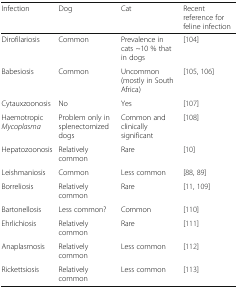
<table><thead><tr><td><b>Infection</b></td><td><b>Dog</b></td><td><b>Cat</b></td><td><b>Recent reference for feline infection</b></td></tr></thead><tbody><tr><td>Dirofilariosis</td><td>Common</td><td>Prevalence in cats ~10 % that in dogs</td><td>[104]</td></tr><tr><td>Babesiosis</td><td>Common</td><td>Uncommon (mostly in South Africa)</td><td>[105, 106]</td></tr><tr><td>Cytauxzoonosis</td><td>No</td><td>Yes</td><td>[107]</td></tr><tr><td>Haemotropic <i>Mycoplasma</i></td><td>Problem only in splenectomized dogs</td><td>Common and clinically significant</td><td>[108]</td></tr><tr><td>Hepatozoonosis</td><td>Relatively common</td><td>Rare</td><td>[10]</td></tr><tr><td>Leishmaniosis</td><td>Common</td><td>Less common</td><td>[88, 89]</td></tr><tr><td>Borreliosis</td><td>Relatively common</td><td>Rare</td><td>[11, 109]</td></tr><tr><td>Bartonellosis</td><td>Less common?</td><td>Common</td><td>[110]</td></tr><tr><td>Ehrlichiosis</td><td>Relatively common</td><td>Rare</td><td>[111]</td></tr><tr><td>Anaplasmosis</td><td>Relatively common</td><td>Less common</td><td>[112]</td></tr><tr><td>Rickettsiosis</td><td>Relatively common</td><td>Less common</td><td>[113]</td></tr></tbody></table>